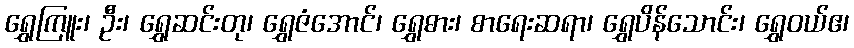
ရွှေကြူး၊ ဦး၊ ရွှေဆင်းတု၊ ရွှေဇံအောင်၊ ရွှေဓား၊ စာရေးဆရာ၊ ရွှေပိန်သောင်း၊ ရွှေဝယ်ဧ၊